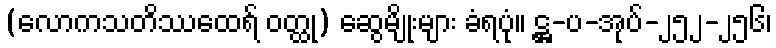
(လောကသတိဿထေရ် ဝတ္ထု) ဆွေမျိုးများ ခံရပုံ။ ဋ္ဌ-ပ-အုပ်-၂၅၂-၂၅၆၊